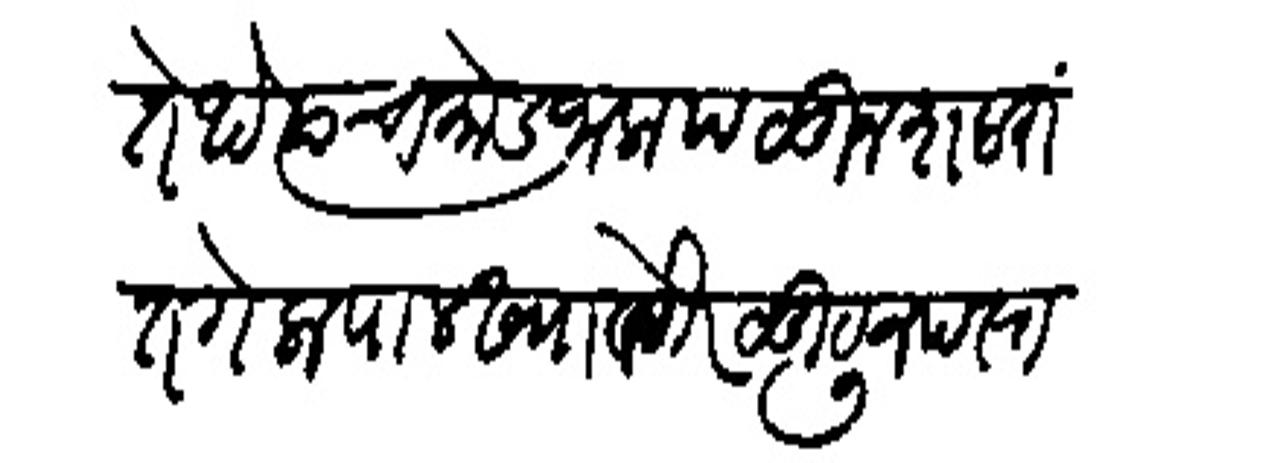
Transliteration (Devanagari): तेथे त्याचा मोड जाला पळून शहरांत गेला पालख्या वगैरे लुटून पस्त